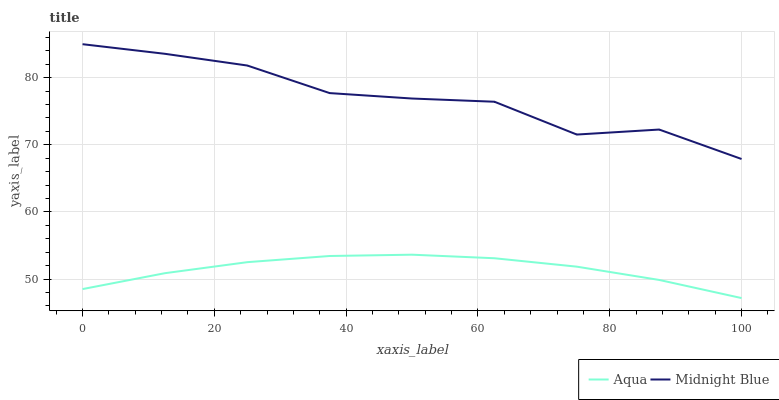
| xaxis_label | Aqua | Midnight Blue |
 | --- | --- | --- |
 | 0 | 48.5 | 85 |
 | 12.5 | 50.9 | 83.6 |
 | 25 | 52.5 | 81.8 |
 | 37.5 | 53.4 | 77.7 |
 | 50 | 53.6 | 76.9 |
 | 62.5 | 53.1 | 76.4 |
 | 75 | 51.8 | 71.5 |
 | 87.5 | 49.9 | 72.3 |
 | 100 | 47.2 | 67.9 |